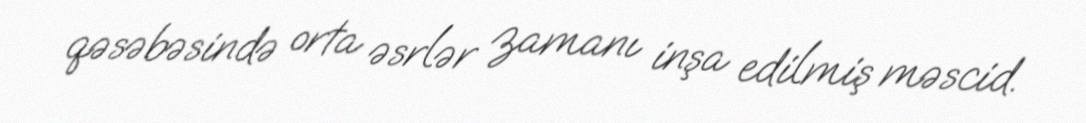
qəsəbəsində orta əsrlər zamanı inşa edilmiş məscid.